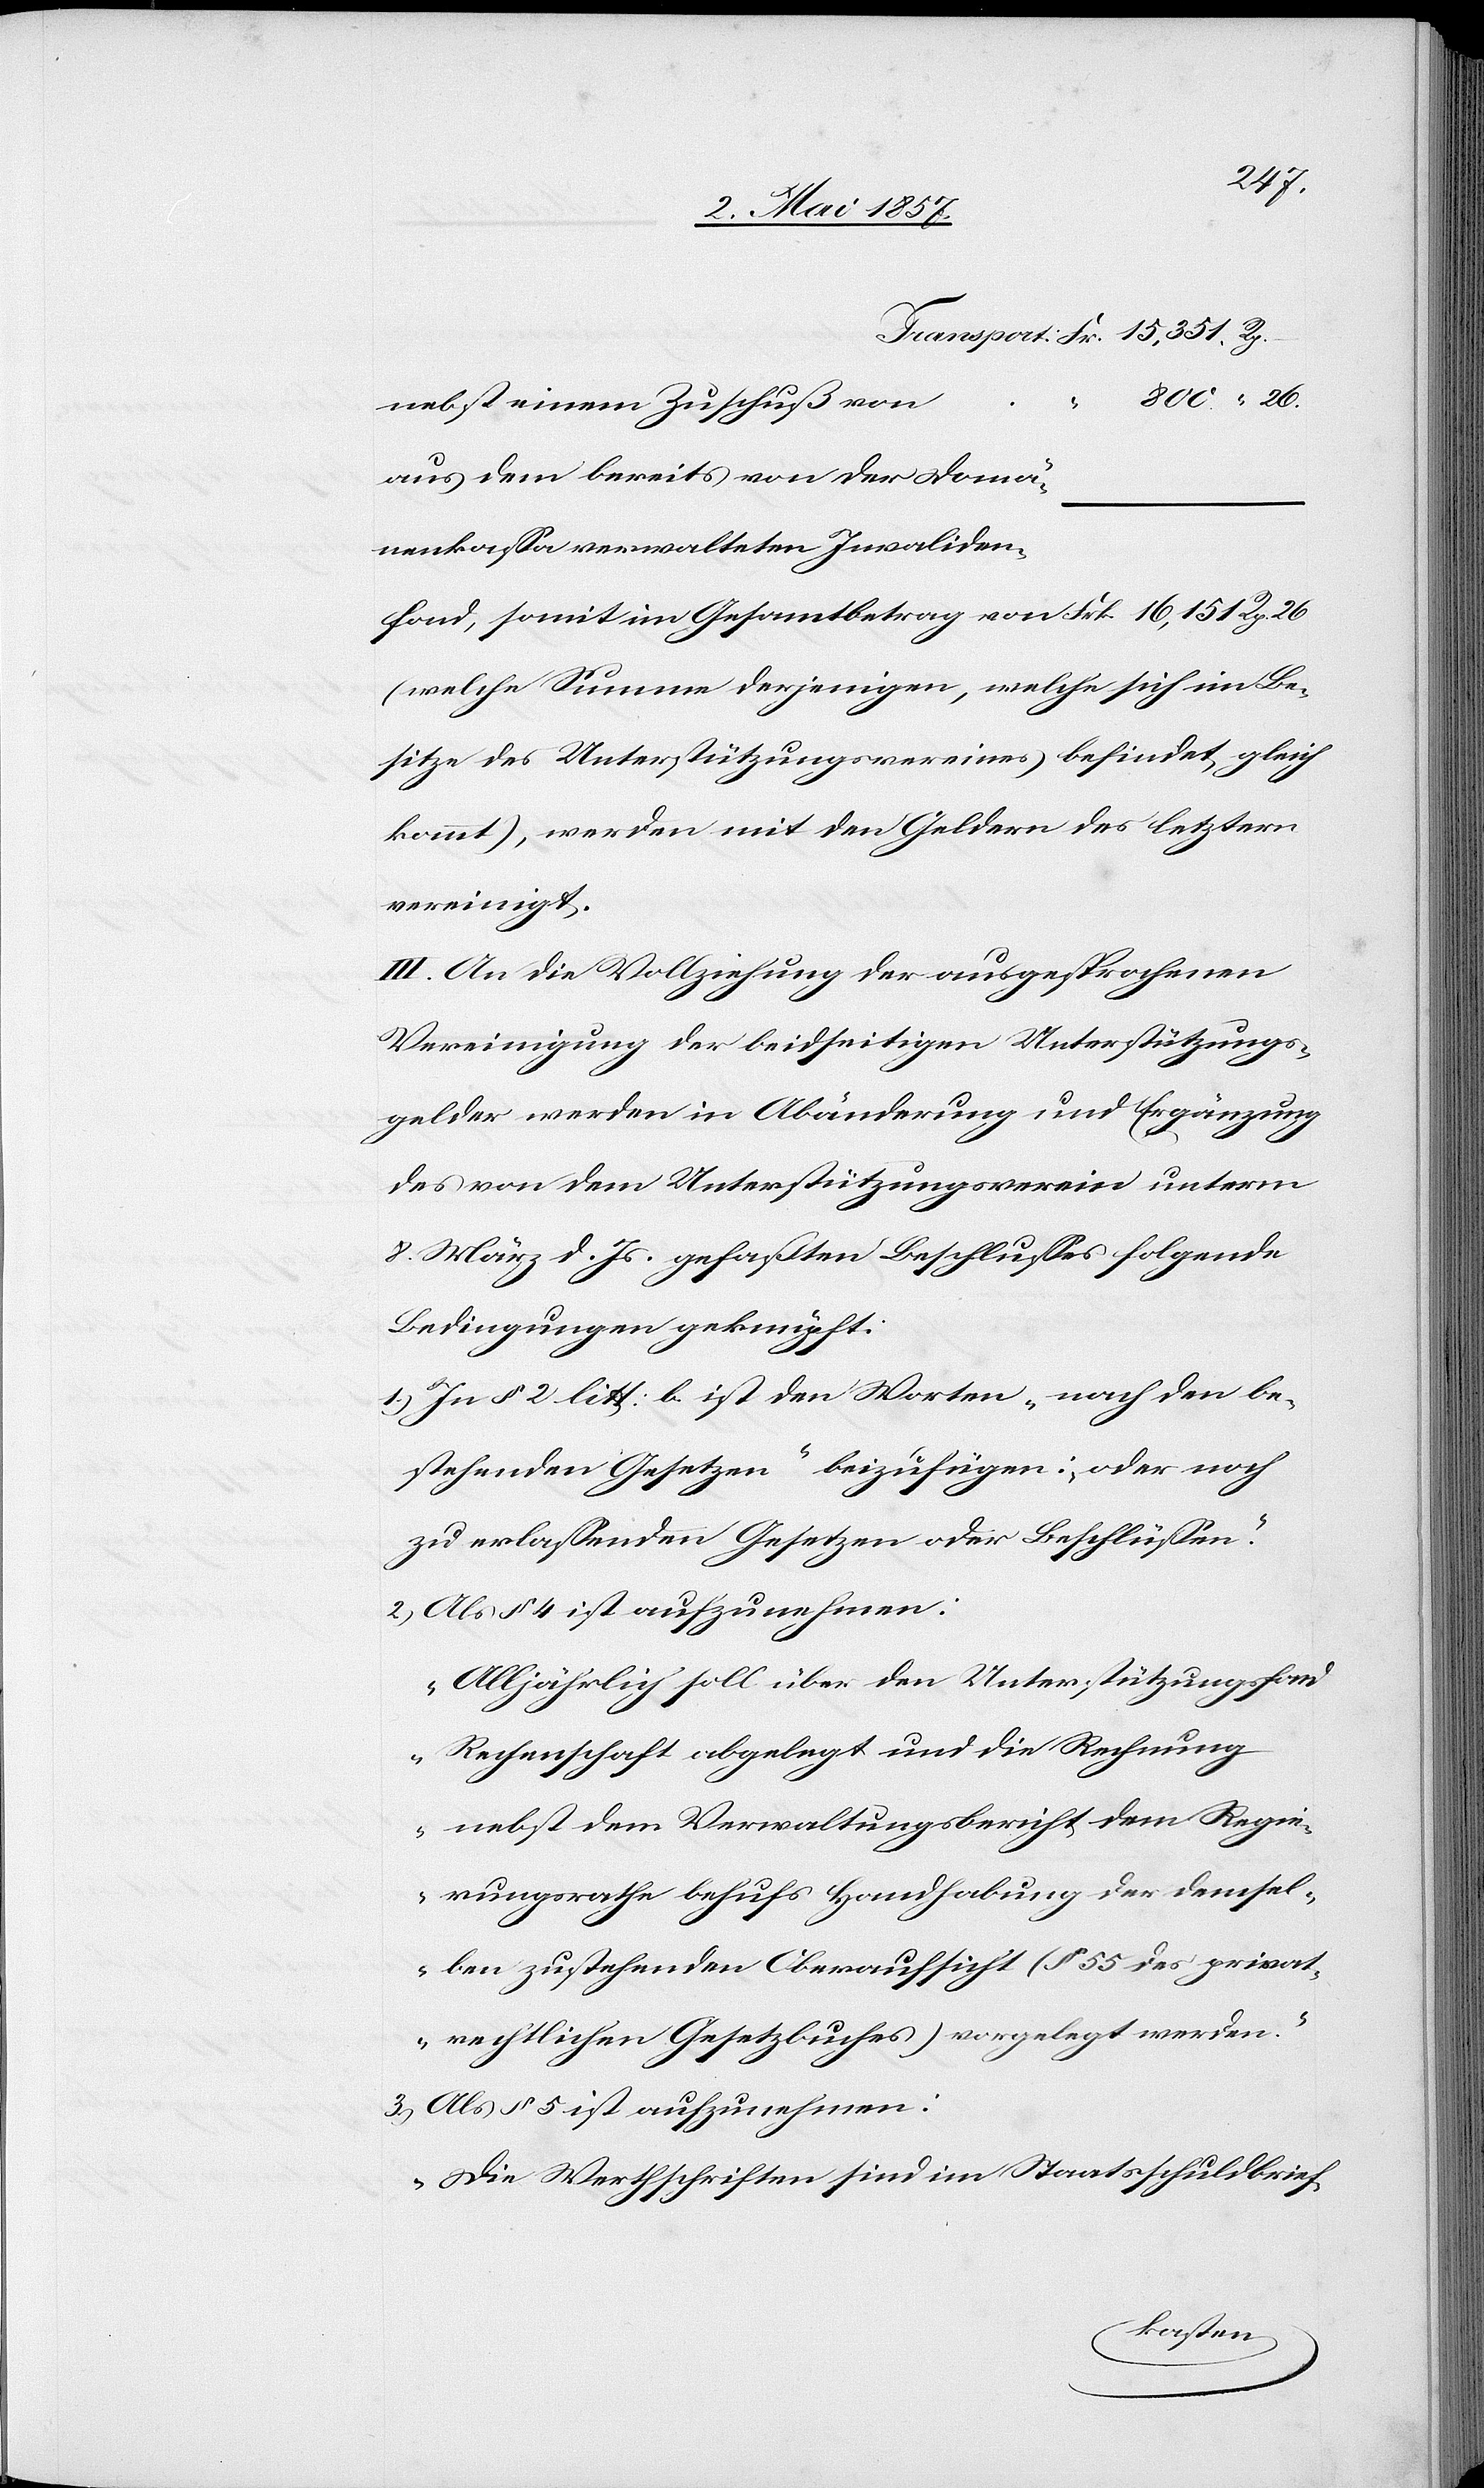
Transport Fr. 15,351 Rp.
800. “ 26
enkaßa
nebst einem Zuschuß
aus dem bereits von der Domän¬
(welche Summe derjenigen, welche sich im Be¬
sitze des Unterstützungsvereines befindet, gleich
kommt), werden mit den Geldern des letztern
vereinigt.
III. An die Vollziehung der ausgesprochenen
Vereinigung der beidseitigen Unterstützungs¬
gelder werden in Abänderung und Ergänzung
des von dem Unterstützungsverein unterm
8 März d. Js. gefaßten Beschlusses folgende
Bedingungen geknüpft:
1.) In § 2 litt: b ist den Worten „nach den be¬
stehenden Gesetzen“ beizufügen: „oder nach
zu erlassenden Gesetzen oder Beschlüssen.“
2.) Als § 4 ist aufzunehmen:
„Alljährlich soll über den Unterstützungsfond
Rechenschaft abgelegt und die Rechnung
nebst dem Verwaltungsbericht dem Regie¬
rungsrathe behufs Handhabung der demsel¬
ben zustehenden Oberaufsicht (§ 55 des privat¬
rechtlichen Gesetzbuches) vorgelegt werden.“
3.) Als § 5 ist aufzunehmen:
„Die Werthschriften sind im Staatsschuldbrief-